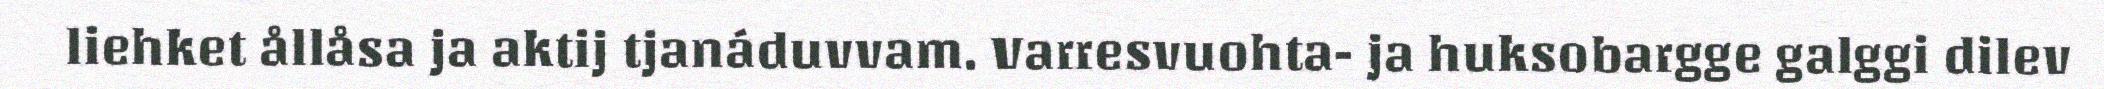
liehket ållåsa ja aktij tjanáduvvam. Varresvuohta- ja huksobargge galggi dilev